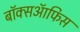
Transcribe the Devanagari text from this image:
बाॅक्सऑफिस